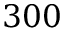
3 0 0